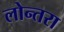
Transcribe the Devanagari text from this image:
लोन्तरा